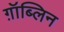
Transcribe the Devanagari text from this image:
ग़ॉब्लिन